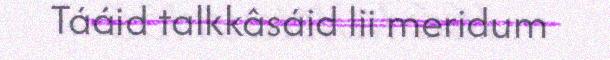
Tááid talkkâsáid lii meridum